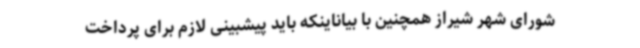
شورای شهر شیراز همچنین با بیاناینکه باید پیشبینی لازم برای پرداخت